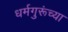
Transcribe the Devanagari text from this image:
धर्मगुरूंच्या